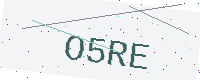
Text: O5RE